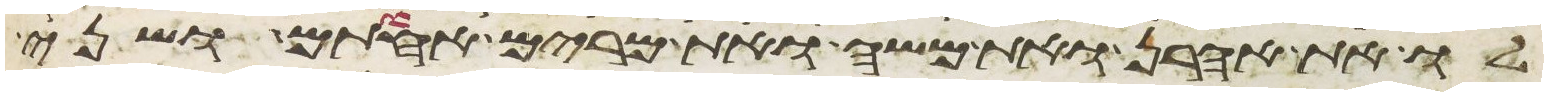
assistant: לו את אהרן ואת משה ואת מרים אחותם ושני